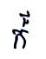
ក៏